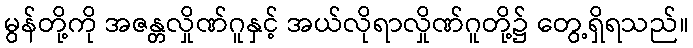
မွန်တို့ကို အဇန္တလှိုဏ်ဂူနှင့် အယ်လိုရာလှိုဏ်ဂူတို့၌ တွေ့ရှိရသည်။